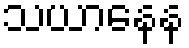
သယာနေန